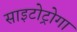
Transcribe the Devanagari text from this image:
साइटोट्रोगा